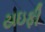
ટાઇફી